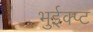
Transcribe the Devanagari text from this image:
भुईक्प्ट